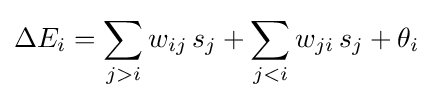
\Delta E_{i}=\sum _{j>i}w_{ij}\,s_{j}+\sum _{j<i}w_{ji}\,s_{j}+\theta _{i}